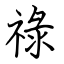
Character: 祿